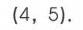
\((4,5)\).